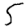
Digit: 5